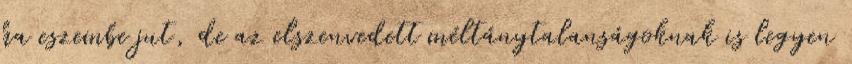
ha eszembe jut, de az elszenvedett méltánytalanságoknak is legyen